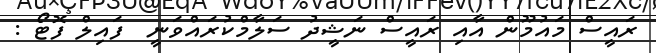
ރައީސް މައުމޫން އާއި ރައީސް ނަޝީދު ސަލާމްކުރައްވަނީ  ފައިލް ފޮޓޯ :